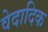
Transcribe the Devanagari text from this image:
वेदादिक